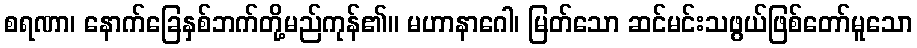
စရဏာ၊ နောက်ခြေနှစ်ဘက်တို့မည်ကုန်၏။ မဟာနာဂေါ၊ မြတ်သော ဆင်မင်းသဖွယ်ဖြစ်တော်မူသော